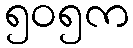
၅၀၅က